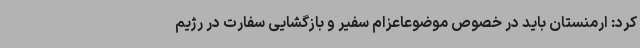
کرد: ارمنستان باید در خصوص موضوعاعزام سفیر و بازگشایی سفارت در رژیم‌